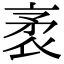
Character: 袤